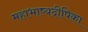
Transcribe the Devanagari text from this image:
महाभाष्यदीपिका